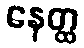
နေတ္ထ